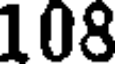
108